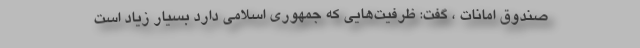
صندوق امانات ، گفت: ظرفیت‌هایی که جمهوری اسلامی دارد بسیار زیاد است